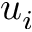
u _ { i }